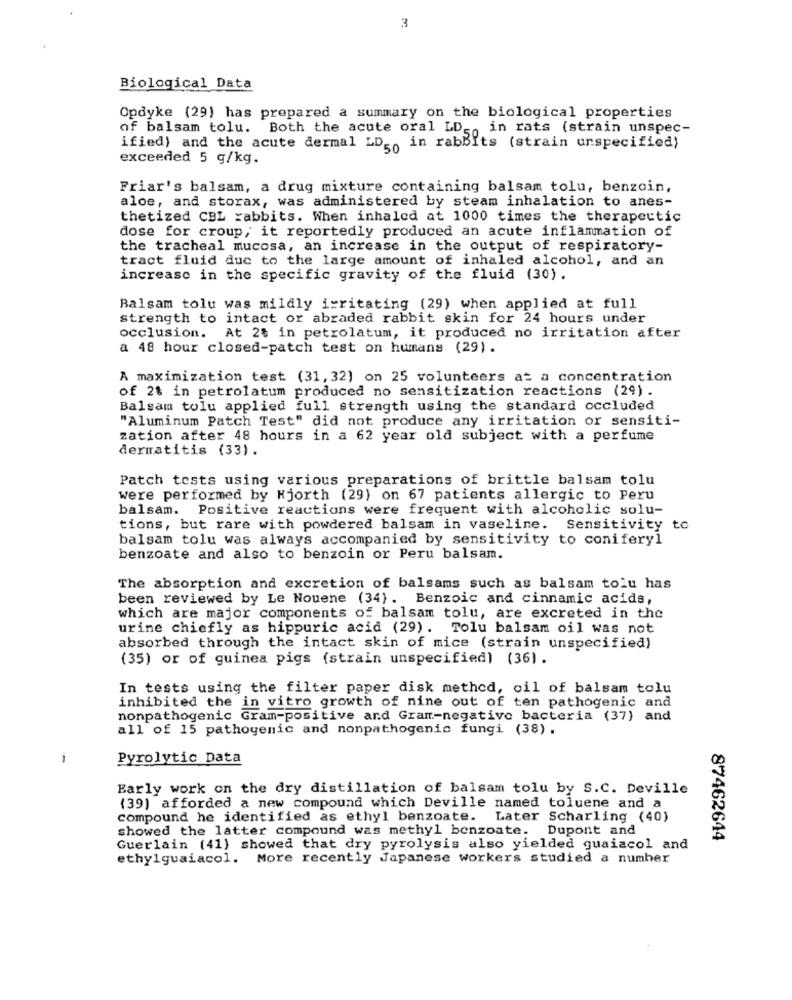
3
Biological Data
Opdyke (29) has prepared a summary on the biological properties
of balsam tolu. Both the acute oral LD -, in rats (strain unspec-
ified) and the acute dermal LD -, in rabbits (strain unspecified)
exceeded 5 g/kg.
Friar's balsam, a drug mixture containing balsam tolu, benzoin,
aloe, and storax, was administered by steam inhalation to anes-
thetized CBL rabbits. When inhaled at 1000 times the therapeutic
dose for croup, it reportedly produced an acute inflammation of
the tracheal mucosa, an increase in the output of respiratory-
tract fluid due to the large amount of inhaled alcohol, and an
increase in the specific gravity of the fluid (30).
Balsam tolu was mildly irritating (29) when applied at full
strength to intact or abraded rabbit skin for 24 hours under
occlusion. At 2% in petrolatum, it produced no irritation after
a 48 hour closed-patch test on humans (29).
A maximization test (31, 32) on 25 volunteers at a concentration
of 2% in petrolatum produced no sensitization reactions (29) .
Balsam tolu applied full strength using the standard occluded
"Aluminum Patch Test" did not produce any irritation or sensiti-
zation after 48 hours in a 62 year old subject with a perfume
dermatitis (33).
Patch tests using various preparations of brittle balsam tolu
were performed by Hjorth (29) on 67 patients allergic to Peru
balsam. Positive reactions were frequent with alcoholic solu-
tions, but rare with powdered balsam in vaseline. Sensitivity to
balsam tolu was always accompanied by sensitivity to coniferyl
benzoate and also to benzoin or Peru balsam.
The absorption and excretion of balsams such as balsam tolu has
been reviewed by Le Nouene (34). Benzoic and cinnamic acids,
which are major components of balsam tolu, are excreted in the
urine chiefly as hippuric acid (29). Tolu balsam oil was not
absorbed through the intact skin of mice (strain unspecified)
(35) or of guinea pigs (strain unspecified) (36).
In tests using the filter paper disk method, oil of balsam tolu
inhibited the in vitro growth of nine out of ten pathogenic and
nonpathogenic Gram-positive and Gram-negative bacteria (37) and
all of 15 pathogenic and nonpathogenic fungi (38).
-
Pyrolytic Data
Early work on the dry distillation of balsam tolu by S.C. Deville
(39) afforded a new compound which Deville named toluene and a
compound he identified as ethyl benzoate. Later Scharling (40)
showed the latter compound was methyl benzoate. Dupont and
87462644
Guerlain (41) showed that dry pyrolysis also yielded guaiacol and
ethylguaiacol. More recently Japanese workers studied a number